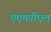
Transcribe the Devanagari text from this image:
एएमपीएल